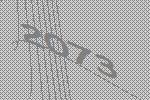
2073